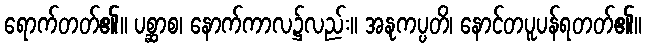
ရောက်တတ်၏။ ပစ္ဆာစ၊ နောက်ကာလ၌လည်း။ အနုကပ္ပတိ၊ နောင်တပူပန်ရတတ်၏။